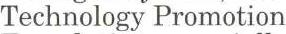
Technology Promotion